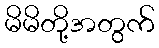
မိမိတို့အတွက်